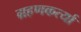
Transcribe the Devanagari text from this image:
ग्रहणकर्त्या